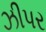
ઝીપર